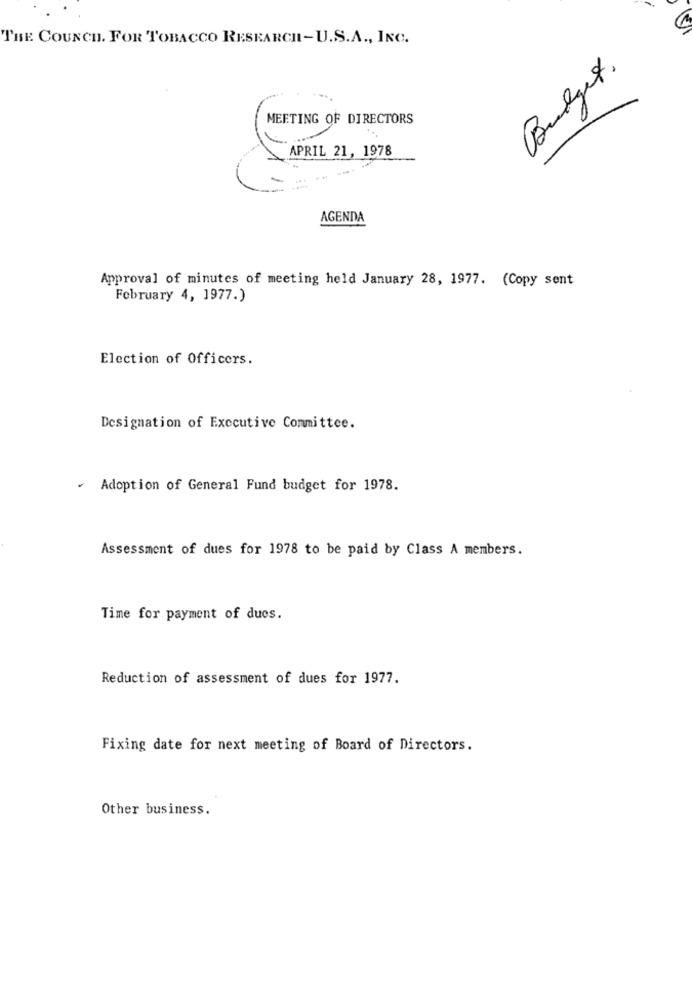
THE COUNCH. FOR TOBACCO RESEARCH-U.S.A ., INC.
Budget.
MEETING OF DIRECTORS
APRIL 21, 1978
AGENDA
Approval of minutes of meeting held January 28, 1977. (Copy sent
February 4, 1977.)
Election of Officers.
Designation of Executive Committee.
- Adoption of General Fund budget for 1978.
Assessment of dues for 1978 to be paid by Class A members.
Time for payment of dues.
Reduction of assessment of dues for 1977.
Fixing date for next meeting of Board of Directors.
Other business.